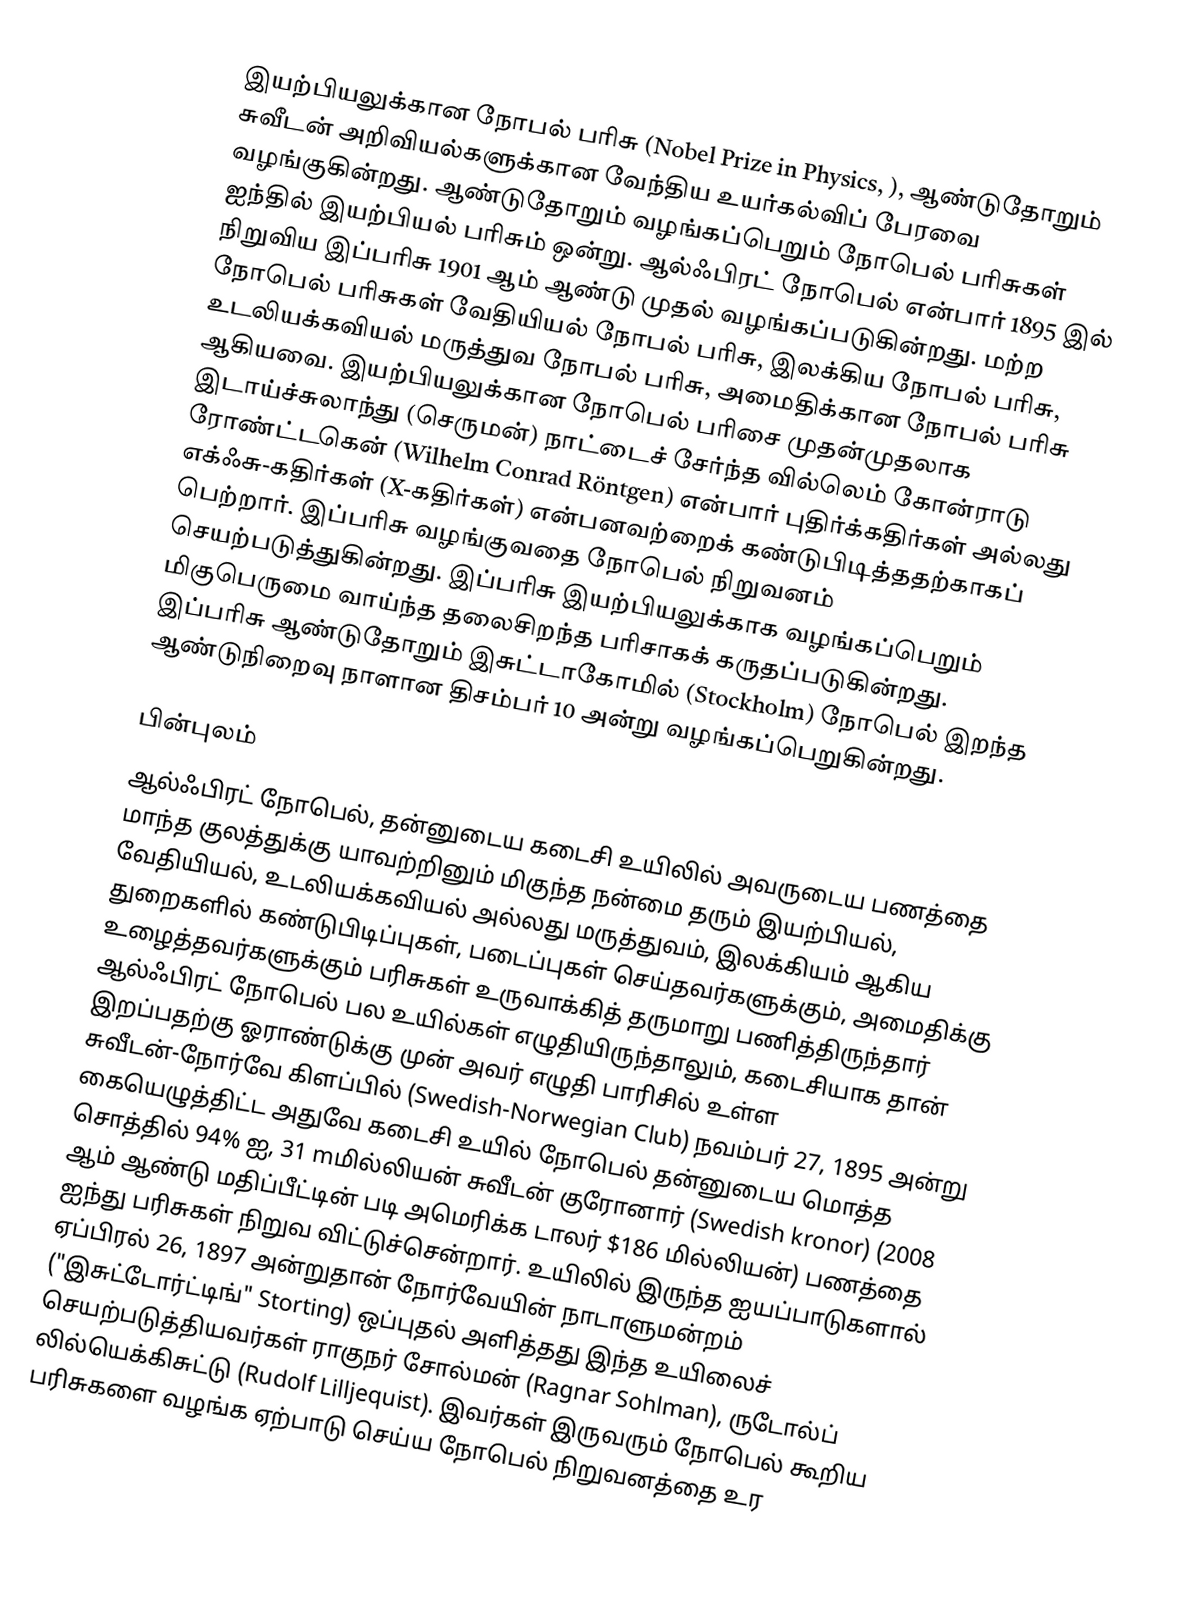
இயற்பியலுக்கான நோபல் பரிசு (Nobel Prize in Physics, ), ஆண்டுதோறும் சுவீடன் அறிவியல்களுக்கான வேந்திய உயர்கல்விப் பேரவை வழங்குகின்றது. ஆண்டுதோறும் வழங்கப்பெறும் நோபெல் பரிசுகள் ஐந்தில் இயற்பியல் பரிசும் ஒன்று. ஆல்ஃபிரட் நோபெல் என்பார் 1895 இல் நிறுவிய இப்பரிசு 1901 ஆம் ஆண்டு முதல் வழங்கப்படுகின்றது. மற்ற நோபெல் பரிசுகள் வேதியியல் நோபல் பரிசு, இலக்கிய நோபல் பரிசு, உடலியக்கவியல் மருத்துவ நோபல் பரிசு, அமைதிக்கான நோபல் பரிசு ஆகியவை. இயற்பியலுக்கான நோபெல் பரிசை முதன்முதலாக இடாய்ச்சுலாந்து (செருமன்) நாட்டைச் சேர்ந்த வில்லெம் கோன்ராடு ரோண்ட்டகென் (Wilhelm Conrad Röntgen) என்பார் புதிர்க்கதிர்கள் அல்லது எக்ஃசு-கதிர்கள் (X-கதிர்கள்) என்பனவற்றைக் கண்டுபிடித்ததற்காகப் பெற்றார். இப்பரிசு வழங்குவதை நோபெல் நிறுவனம் செயற்படுத்துகின்றது. இப்பரிசு இயற்பியலுக்காக வழங்கப்பெறும் மிகுபெருமை வாய்ந்த தலைசிறந்த பரிசாகக் கருதப்படுகின்றது. இப்பரிசு ஆண்டுதோறும் இசுட்டாகோமில் (Stockholm) நோபெல் இறந்த ஆண்டுநிறைவு நாளான திசம்பர் 10 அன்று வழங்கப்பெறுகின்றது.

பின்புலம்
ஆல்ஃபிரட் நோபெல், தன்னுடைய கடைசி உயிலில் அவருடைய பணத்தை மாந்த குலத்துக்கு யாவற்றினும் மிகுந்த நன்மை தரும் இயற்பியல், வேதியியல், உடலியக்கவியல் அல்லது மருத்துவம், இலக்கியம் ஆகிய துறைகளில் கண்டுபிடிப்புகள், படைப்புகள் செய்தவர்களுக்கும், அமைதிக்கு உழைத்தவர்களுக்கும் பரிசுகள் உருவாக்கித் தருமாறு பணித்திருந்தார் ஆல்ஃபிரட் நோபெல் பல உயில்கள் எழுதியிருந்தாலும், கடைசியாக தான் இறப்பதற்கு ஓராண்டுக்கு முன் அவர் எழுதி பாரிசில் உள்ள சுவீடன்-நோர்வே கிளப்பில் (Swedish-Norwegian Club)  நவம்பர் 27, 1895 அன்று கையெழுத்திட்ட அதுவே கடைசி உயில் நோபெல் தன்னுடைய மொத்த சொத்தில் 94% ஐ, 31 mமில்லியன் சுவீடன் குரோனார் (Swedish kronor) (2008 ஆம் ஆண்டு மதிப்பீட்டின் படி அமெரிக்க டாலர் $186 மில்லியன்) பணத்தை ஐந்து பரிசுகள் நிறுவ விட்டுச்சென்றார். உயிலில் இருந்த ஐயப்பாடுகளால் ஏப்பிரல் 26, 1897 அன்றுதான் நோர்வேயின் நாடாளுமன்றம் ("இசுட்டோர்ட்டிங்" Storting) ஒப்புதல் அளித்தது இந்த உயிலைச் செயற்படுத்தியவர்கள் ராகுநர் சோல்மன் (Ragnar Sohlman), ருடோல்ப் லில்யெக்கிசுட்டு (Rudolf Lilljequist). இவர்கள் இருவரும் நோபெல் கூறிய பரிசுகளை வழங்க ஏற்பாடு செய்ய நோபெல் நிறுவனத்தை உர